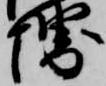
堺